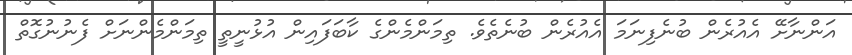
އަންނާށޭ އެއުރެން ބުނެފިނަމަ އެއުރެން ބުނެތެވެ. ތިމަންމެންގެ ކާބަފައިން އުޅުނީތީ ތިމަންމެންނަށް ފެނުނުގޮތް